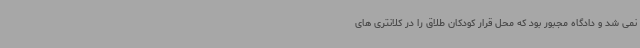
نمی شد و دادگاه مجبور بود که محل قرار کودکان طلاق را در کلانتری های